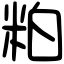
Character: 粕